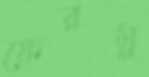
ফেরম্ন